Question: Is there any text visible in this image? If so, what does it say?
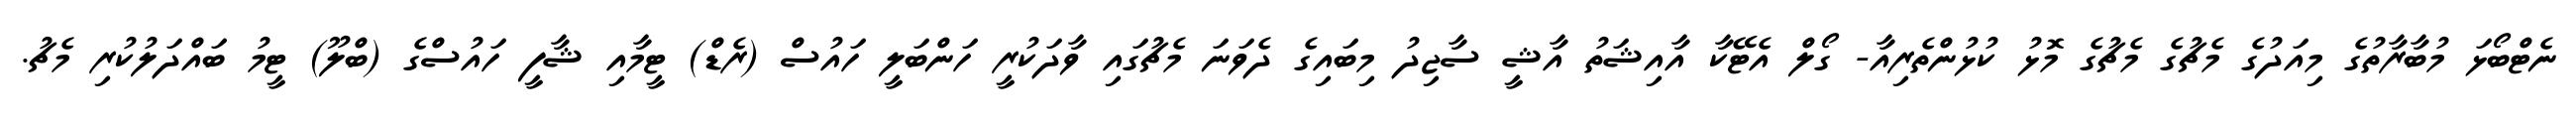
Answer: ނެޓްބޯޅަ މުބާރާތުގެ މިއަދުގެ މެޗުގެ މެޗުގެ މޮޅު ކުޅުންތެރިއާ- ގޯލް އެޓޭކާ އާއިޝަތު އާޝީ ސާޖިދު މިބައިގެ ދެވަނަ މެޗުގައި ވާދަކުރީ ހަންބަލީ ހައުސް (ރެޑް) ޓީމާއި ޝާފީ ހައުސްގެ (ބްލޫ) ޓީމު ބައްދަލުކުރި މެޗު.